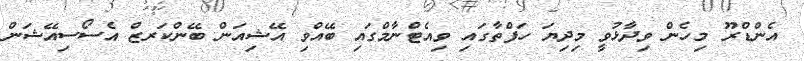
އެންޑްރޫ މިހެން ވިދާޅުވީ މިދިޔަ ހަފްތާގައި ވިއެޓްނާމްގައި ބޭއްވި އޭޝިއަން ބޭންކަރޒް އެސޯސިއޭޝަން